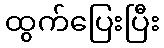
ထွက်ပြေးပြီး